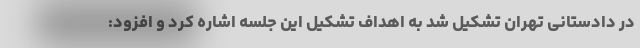
در دادستانی تهران تشکیل شد به اهداف تشکیل این جلسه اشاره کرد و افزود: